Annual report on the Civil Veterinary Department, Burma (including the Insein Veterinary School) - 1923-1931
Year: 1923
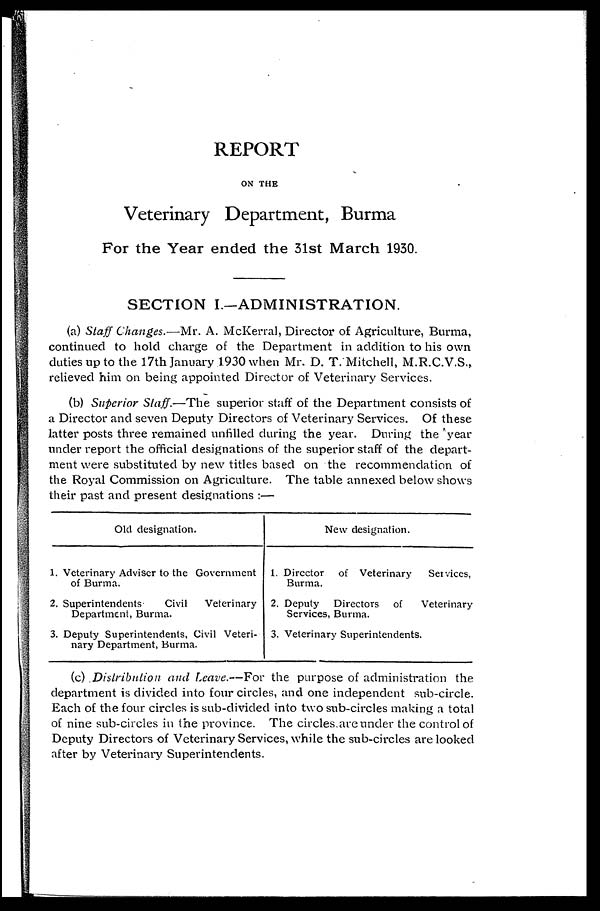
REPORT
ON THE
Veterinary Department, Burma
For the Year ended the 31st March 1930.
SECTION I.—ADMINISTRATION.
(a) Staff Changes.—Mr. A. McKerral, Director of Agriculture, Burma,
continued to hold charge of the Department in addition to his own
duties up to the 17th January 1930 when Mr. D. T. Mitchell, M.R.C.V.S.,
relieved him on being appointed Director of Veterinary Services.
(b) Superior Staff.—The superior staff of the Department consists of
a Director and seven Deputy Directors of Veterinary Services. Of these
latter posts three remained unfilled during the year. During the year
under report the official designations of the superior staff of the depart-
ment were substituted by new titles based on the recommendation of
the Royal Commission on Agriculture. The table annexed below shows
their past and present designations :—
1.
2.
3.
Old designation.
Veterinary Adviser to the Government
of Burma.
Superintendents
Civil
Veterinary
Department, Burma.
Deputy Superintendents, Civil Veteri-
nary Department, Burma.
1.
2.
3.
New designation.
Director of Veterinary
Services,
Burma.
Deputy Directors of
Veterinary
Services, Burma.
Veterinary Superintendents.
(c) Distribution and Leave.—For the purpose of administration the
department is divided into four circles, and one independent sub-circle.
Each of the four circles is sub-divided into two sub-circles making a total
of nine sub-circles in the province. The circles are under the control of
Deputy Directors of Veterinary Services, while the sub-circles are looked
after by Veterinary Superintendents.